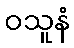
ဝသူနံ